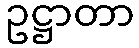
ဥဋ္ဌာတာ